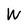
Character: W